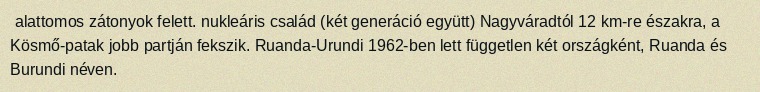
alattomos zátonyok felett. nukleáris család (két generáció együtt) Nagyváradtól 12 km-re északra, a Kösmő-patak jobb partján fekszik. Ruanda-Urundi 1962-ben lett független két országként, Ruanda és Burundi néven.